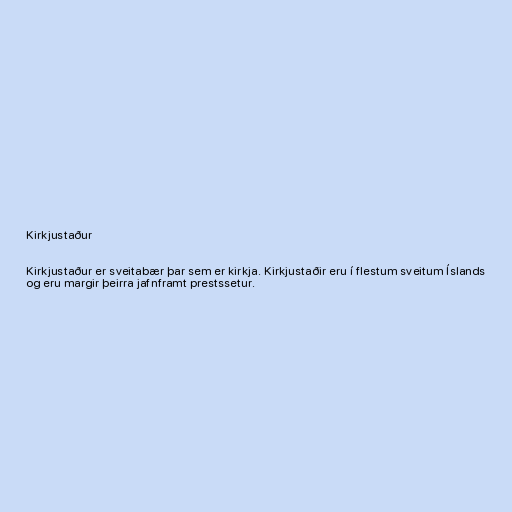
Kirkjustaður

Kirkjustaður er sveitabær þar sem er kirkja. Kirkjustaðir eru í flestum sveitum Íslands
og eru margir þeirra jafnframt prestssetur.